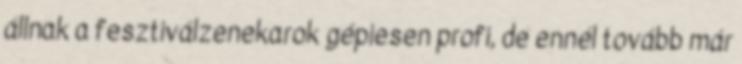
állnak a fesztiválzenekarok gépiesen profi, de ennél tovább már